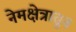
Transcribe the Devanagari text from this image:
नेमक्षेत्रातून